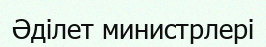
Әділет министрлері